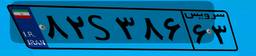
۴۵S۹۹۲۵۴